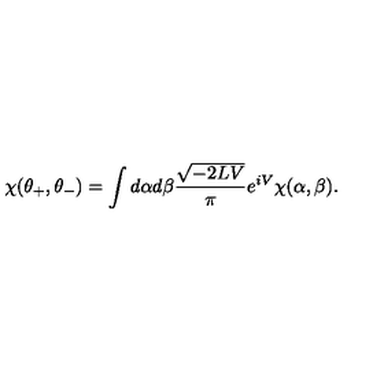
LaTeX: \chi ( \theta _ { + } , \theta _ { - } ) = \int d \alpha d \beta \frac { \sqrt { - 2 L V } } { \pi } e ^ { i V } \chi ( \alpha , \beta ) .